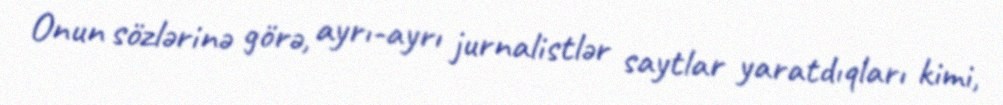
Onun sözlərinə görə, ayrı-ayrı jurnalistlər saytlar yaratdıqları kimi,